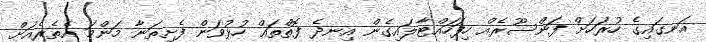
އަނގައިގެ ހުރަހަށް ފަންސޫރެއް ހިފަހައްޓާލައިގެން އިނދެ ފޮތްތައް ހުޅުވަން ފެށިތަނާ މަންމަ އެތެރެއަށް